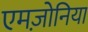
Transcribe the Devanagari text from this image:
एमज़ोनिया